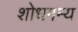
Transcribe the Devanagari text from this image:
शोधगम्‍य